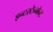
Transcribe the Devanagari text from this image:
इन्टरटेन्मेन्ट